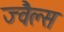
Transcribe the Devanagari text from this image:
ज्वैल्स